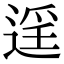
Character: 𨓮